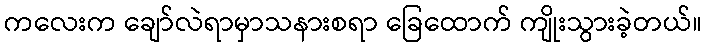
ကလေးက ချော်လဲရာမှာသနားစရာ ခြေထောက် ကျိုးသွားခဲ့တယ်။